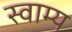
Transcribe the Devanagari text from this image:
स्वाम्य